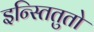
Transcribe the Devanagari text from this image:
इन्स्तितुतो